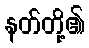
နတ်တို့၏